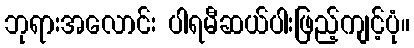
ဘုရားအလောင်း ပါရမီဆယ်ပါးဖြည့်ကျင့်ပုံ။